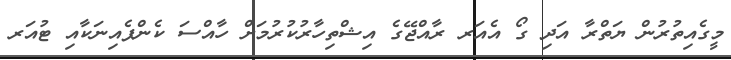
މީގެއިތުރުން ޔަތްރާ އަދި ގޯ އެއަރ ރާއްޖޭގެ އިޝްތިހާރުކުރުމަށް ހާއްސަ ކެންޕެއިނަކާއި ޓުއަރ